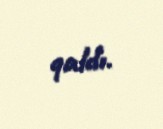
qaldı.